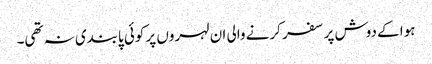
ہوا کے دوش پر سفر کرنے والی ان لہروں پر کوئی پابندی نہ تھی۔